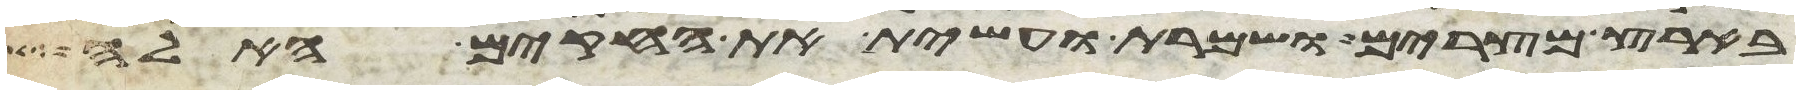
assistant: בארץ מצרים ושמרת ועשית את החקים האלה